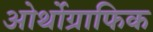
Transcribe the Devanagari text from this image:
ओर्थोग्राफिक